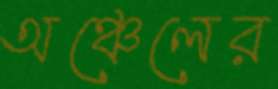
অঞ্চেলের